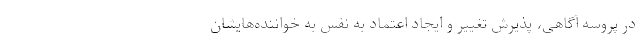
در پروسه آگاهی، پذیرش تغییر و ایجاد اعتماد به نفس به خواننده‌هایشان